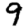
Digit: 9